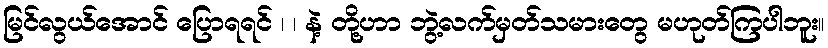
မြင်လွယ်အောင် ပြောရရင် ၊ ၊ နဲ့ တို့ဟာ ဘွဲ့လက်မှတ်သမားတွေ မဟုတ်ကြပါဘူး။